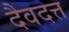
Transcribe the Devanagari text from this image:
दैवदत्त